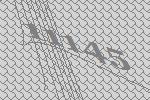
11145